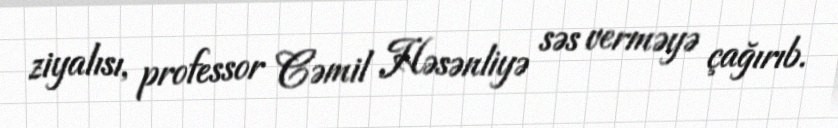
ziyalısı, professor Cəmil Həsənliyə səs verməyə çağırıb.